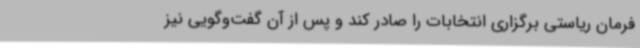
فرمان ریاستی برگزاری انتخابات را صادر کند و پس از آن گفت‌وگویی نیز